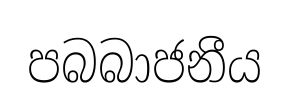
පබබාජනීය